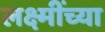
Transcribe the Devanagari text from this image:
लक्ष्मींच्या